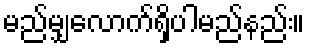
မည်မျှလောက်ရှိပါမည်နည်း။